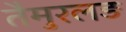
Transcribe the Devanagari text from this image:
तैमुरलङ